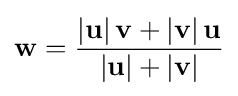
\mathbf {w} ={\frac {\left|\mathbf {u} \right|\mathbf {v} +\left|\mathbf {v} \right|\mathbf {u} }{\left|\mathbf {u} \right|+\left|\mathbf {v} \right|}}